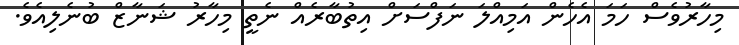
މިހާރުވެސް ހަމަ އެހެން އަމިއްލަ ނަފްސަށް އިތުބާރެއް ނެތީ މިހާރު ޝަނާޒް ބުނެލިއެވެ.